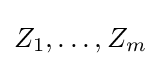
{\textstyle Z_{1},\dots ,Z_{m}}